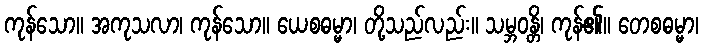
ကုန်သော။ အကုသလာ၊ ကုန်သော။ ယေစဓမ္မာ၊ တို့သည်လည်း။ သမ္ဘဝန္တိ၊ ကုန်၏။ တေစဓမ္မာ၊